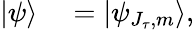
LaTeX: \begin{array}{rl}{|\psi\rangle}&{{}=|\psi_{J_{\tau},m}\rangle,}\end{array}